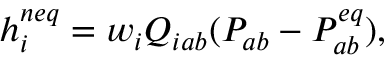
h _ { i } ^ { n e q } = w _ { i } Q _ { i a b } ( P _ { a b } - P _ { a b } ^ { e q } ) ,